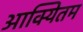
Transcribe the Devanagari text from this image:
आक्यितम